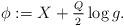
LaTeX: \begin{align*}\phi:=X+\frac{_Q}{^2}\log g.\end{align*}